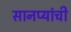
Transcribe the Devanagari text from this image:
सानप्यांची